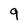
Character: 9